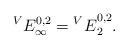
LaTeX: \begin{align*}^VE_{\infty}^{0,2}= {^VE}_2^{0,2}.\end{align*}